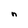
Character: n